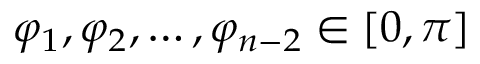
\varphi _ { 1 } , \varphi _ { 2 } , \ldots , \varphi _ { n - 2 } \in [ 0 , \pi ]